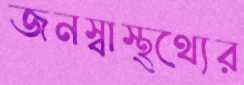
জনস্বাস্থ্থ্যের